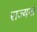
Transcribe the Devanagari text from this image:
राज्यना